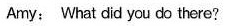
Amy: What did you do there?